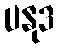
ပနုဒ